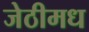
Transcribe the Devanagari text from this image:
जेठीमध